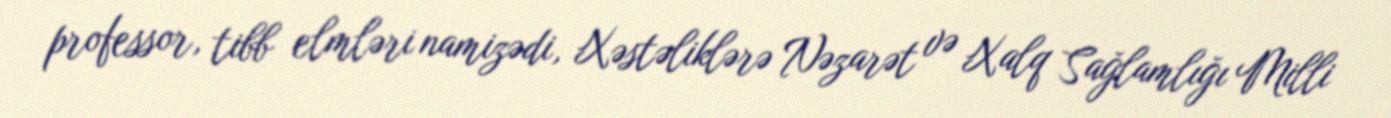
professor, tibb elmləri namizədi, Xəstəliklərə Nəzarət və Xalq Sağlamlığı Milli